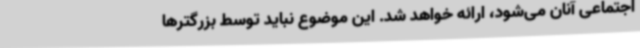
اجتماعی آنان می‌شود، ارائه خواهد شد. این موضوع نباید توسط بزرگترها